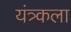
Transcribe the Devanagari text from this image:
यंत्र्कला